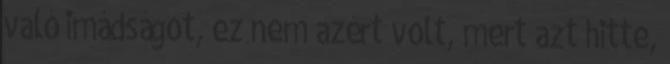
való imádságot, ez nem azért volt, mert azt hitte,